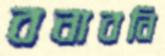
বনাবনি